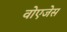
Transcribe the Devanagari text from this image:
वोएजेस